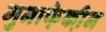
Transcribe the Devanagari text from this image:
मुनाफे़की़न